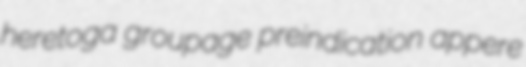
heretoga groupage preindication appere